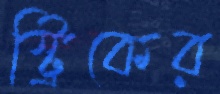
স্ট্রিকের